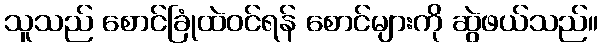
သူသည် စောင်ခြုံထဲဝင်ရန် စောင်များကို ဆွဲဖယ်သည်။